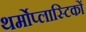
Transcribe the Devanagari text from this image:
थर्मोप्लास्टिकों